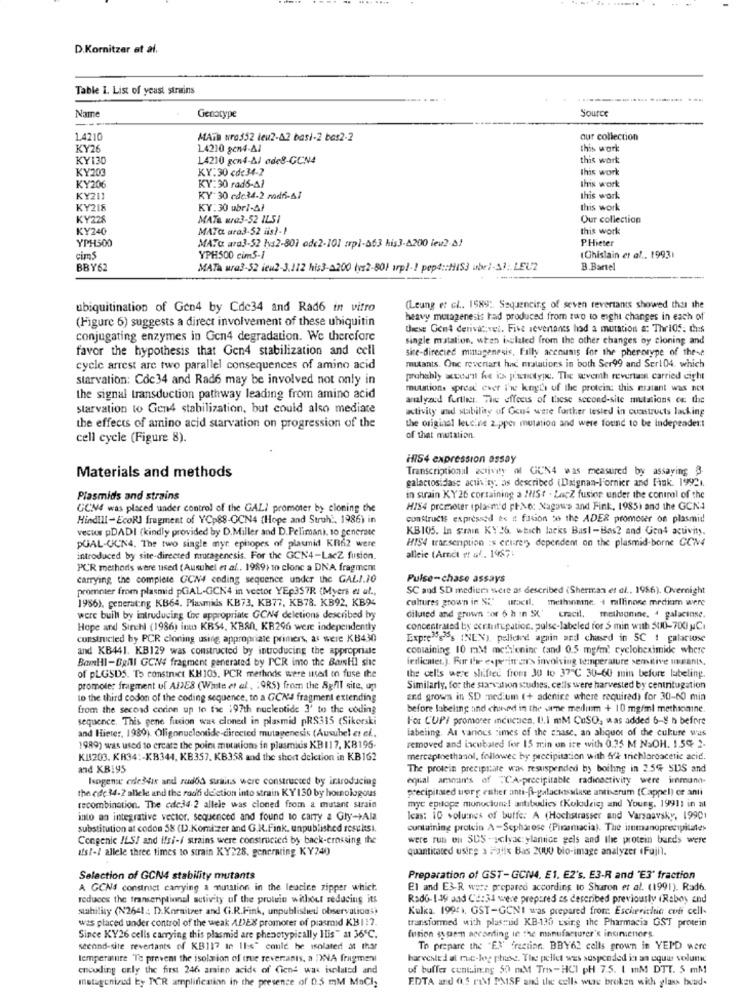
D.Kornitzer et al.
Table 1. List of yeast strains
Name
Source
Genotype
1.4210
MATh wro352 leu2-A2 basi-2 bas2-2
our collection
KY26
1.4210 gcn4-Al
this work
KY130
14210 gcn4-Al ade8-GCN4
this work
KY203
KY:30 cde34-2
This work
KY:30 rad6-41
this work
KY200
KY211
KY 30 cde34-2 mod6-61
this work
KY218
KY:30 ubr/-4/
this work
KY228
MATe wrQ3-52 ILSI
Our collection
KY240
MATa ara3-52 iis ?-?
this work
YPH500
MATC aro3-52 hys2-301 odc2-101 :pl-063 his3-4200 ieu? !
P.Hieter
(Ghislain et af .. 19931
cim5
YPH500 cim5-1
BBY62
MATa ura3-52 iew2-3.112 his3-0200 (vs2-80) arp)-1 pep4:HIS3 ube1-31: LEUZ
B.Bartel
ubiquitination of Gen4 by Cde34 and Rad6 in vitro
(Leung et cl .. 1589: Sequencing of seven revertants showed that the
heavy mutagenesis had produced from two to eight changes in each of
(Figure 6) suggests a direct involvement of these ubiquitin
these Gon4 derivatives. Five sevenants had a mutation a: Thrios: this
conjugating enzymes in Gon4 degradation. We therefore
single matation, when isulated from the other changes by cloning and
favor the hypothesis that Gen4 stabilization and cell
site-directed mintagenesis, Filly accounts for the phenotype of these
mutants. Onc reventart hac mratations in both Ser99 and Sert04. which
cycle arrest are two parallel consequences of amino acid
starvation: Coc34 and Rad6 may be involved not only in
probably xcow's he is junotype. The wverh revertam carried cight
mutations spread ever the kingth of the protein: this mratant was now
the signal transduction pathway leading from amino acid
analyad furtiest. The effects of these second-site mutations of the
starvation to Gen4 stabilization, but could also mediate
activity and stability of Gout were further tested in constructs lacking
the effects of amino acid starvation on progression of the
the original leucine 2.pper mutation and were found to be Independer :!
cell cycle (Figure 8).
of that mutation.
inS4 expression assay
Materials and methods
Transcriptional activity of GUN4 was measured by assaying 3.
galactosidase activity. as described (Daignan-l'ornier and Fink. 19921.
Plasmids and strains
in strain KY26 containing a INISt . LacZ fusion under the control of the
GCM4 was placed under control of the GALI promoter by cloning the
HIS4 promoter (plasmid ptMe: Xagowe and Fink, 1985) and the GCN4
Hindill-EcoRI fragment of YCp88-OCN4 (Hope and Struh', 1986) in
constructs expressed es it fusion bo the ADER promoter on plasmid
vecur pDADI (kindly provided by D.Miller and D.Pelimani, to generate
KB105. In sram KY 26, which lacks Bast-Bas? and Gent activity.
HIS4 transcription is crures dependent on the plasmid-borne CON
PUAL-UCN4. The two single myr ephopes of plaunid KR62 were
introduced by site-directed mutagenesis. For the GCN4-LacZ fusion.
alleie (Amnet et al. 1987:
PCR methods were used (Auruhel et al ., 1989) to clonc a DNA fragment
carrying, the complete GCN4 coding sequence under the GALI.10
Pulse-chase assays
promoter from plasmid pGAL-GCN4 in vector YEp357R (Myers et al .,
SC and SD medien sucre as described (Sherman et al ., 1986). Overnight
1986), generating KB64, Plasmids KB73, KB77, KB78. KB92, KB94
cultures grown in St" uracil. methinmine. + rallinone medium were
diluted and grown :or 6 h in SX:
were built by introducing tve appropriate GCN4 deletions described by
cracil, methionine, 4 palacinse.
Hope and Sinchl (1986) imo KBS4, KBAN, KR296 were independently
concentrated by cortutupation, pulse-labeled for 5 min with 5010-700 C.
constructed by PCR cloning using appropriate primers, as were KB430
Expre's's INEN), pellare again and chased in 5C ! galactose
and KB441. KB129 was constructed by introducing the appropriate
containing 10 mM methloninc (and 0.5 mgfm' cycloheximide where
BamHl-BallI GCN# fragment generated by PCR imo the BamHl site
indicater.). For Ire experim er's involving temperature semitive mulanis.
of pLGSDS. To construct KH105. PCR methods were used to fuse the
the cells were sliftet from 30 to 37℃ 30-60 min before labeling.
promoter fragment uf ADES (Waste et al. ; 9RS) from the 8g/l site, up
Similarly, for the starvation studies, cells were harvested by centritugation
to the third codon of the coding sequence, to a GCN4 fragment extending
and growa in SD medium (+ aderire where required) for 30-60 min
from the second coron up to the ;97th nucleotide 3' to the coding
before labeling and chund in the sine medim + 10 mg/ml methionine.
sequence. This gene fusion was cloned in plasmid pRS315 (Sikorski
For C'UPF promorer inductien. D.I mM CuSO, was added 6-8 h before
and Hierer, 1989). Oligonuclontide-directed mutagenesis (Ausubel et el.
labeling. At various times of the chase, an aliquor of the cukure was
removed and incubated for 15 min on ice with 0.35 M NaOH. 1.5% 2-
1989) was used to ercate the point mutations in plasmidis KB117, KB195-
KB3203. KR34 :- KB344, KB357. KB358 and the short delction in KB162
mercaptoethanol, followed by precipitation with 6k trichloroacetic acid.
and KBIyS
The protein precipitate was resuspended by boiling in 2.5% SUS and
Isogene erlesdix and rados susins were constructed by introducing
equal amman's of "CA-precipitable radioactivity were immuno-
the ede 34-2 allele and the roadi deletion into strain KY 130 by homologous
precipitated using ester anti-ß-galactoswiase antiserum (Cappel) or anti
myc epilope munucluna! antibodies (Kolodziej and Young. 19911 in at
recombination. The cde34 2 allele was cloned from a mutant strain
into an integrative vector. sequenced and found to carry a Gly->Ala
Icas: 10 volumes of buffe: A (Hochstrasser and Varsaavsky, 19901
substitution at codon 58 (D.Komizer and G.R.Fink. unpublished resultsi.
cuntuining protein A-Sepharose (Pinamacia). The inmanoprecipitate>
Congenic ILS/ and Ifsi-/ strains were constructed by back-crossing the
were run on SDS -solyac ylanice gels and the protein bards were
Ifs/-/ allele three times to strain KY228, generating KY240
quantitated using a Felix Bas 2000 bio-image analyzer (Fuji).
Selection of GCN4 stability mutants
Preparation of GST-GCN4, E1, E2's. E3-R and 'E3" fraction
A GCN4 construct carrying a mination in the leucine zipper whict.
El and E3-R were prepared according to Sharon et al. (1991). Rad6.
reduces the transcriptional activity uf the protein without reducing its
Rado-1-19 and Ce:34 were prepared as described previously (Raboy and
stability (N2641: D.Karaitzer and Gi.R.Fink, unpublished observations)
Kulka. 1995). GST-GCNI was prepared from Eschericitic coff cell-
was placed under control of the weak ADEX promorer of plasmid KB1:2.
transformed with plasmid KB-130 using the Pharmacia GST protein
Since KY26 cells carrying this plasmid are phenotypically Ilis" at 36℃.
fusion synem according ie the manufacturer's insinienors.
second-site revertants of KB117 te Il:s" could be isolated at thar
To prepare the "EX' "rection. BBY62 cells grown in YEPD were
temperature To prevent the isolation of true revertants, a ;WNA fragment
harvested al muc-leg phase. The pellet was suspended is an que volunk
encoding only the first 246 amino acids of Ciens was isolated and
of buffer containing 50 mM Tm-HCI PH 7.5. 1 mM DTT. 5 mM
mutagenizid by TCR amplification in the presence of 0.5 mM MnCl;
EDTA and 0,5 PMf PMISF and the cells were broken with glass beud-